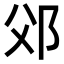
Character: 𨚅